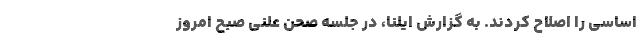
اساسی را اصلاح کردند. به گزارش ایلنا، در جلسه صحن علنی صبح امروز